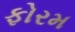
ફોરમ